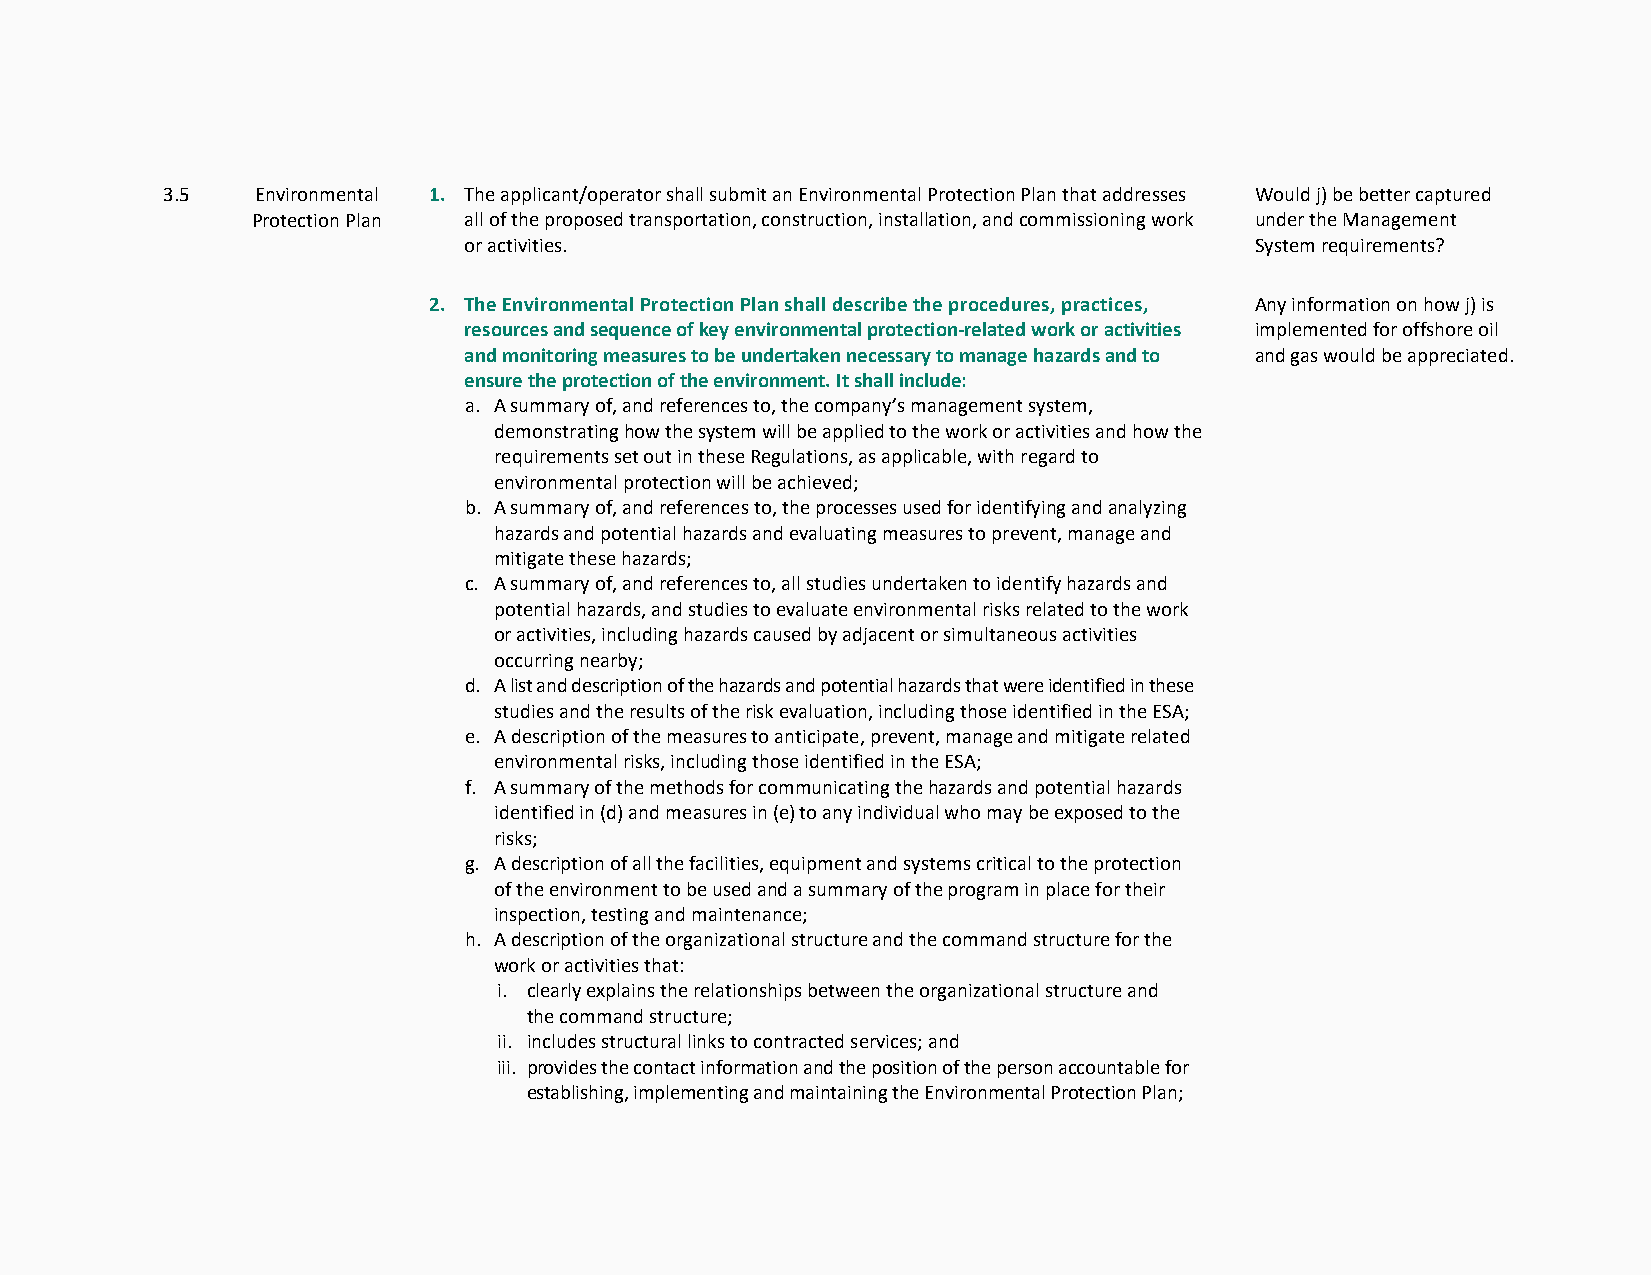
3.5   Environmental 1. The applicant/operator shall submit an Environmental Protection Plan that addresses Would j) be better captured
 Protection Plan all of the proposed transportation, construction, installation, and commissioning work under the Management
 or activities.                                      System requirements?
 2. The Environmental Protection Plan shall describe the procedures, practices, Any information on how j) is
 resources and sequence of key environmental protection-related work or activities implemented for offshore oil
 and monitoring measures to be undertaken necessary to manage hazards and to and gas would be appreciated.
 ensure the protection of the environment. It shall include:
 a. A summary of, and references to, the company’s management system,
 demonstrating how the system will be applied to the work or activities and how the
 requirements set out in these Regulations, as applicable, with regard to
 environmental protection will be achieved;
 b. A summary of, and references to, the processes used for identifying and analyzing
 hazards and potential hazards and evaluating measures to prevent, manage and
 mitigate these hazards;
 c. A summary of, and references to, all studies undertaken to identify hazards and
 potential hazards, and studies to evaluate environmental risks related to the work
 or activities, including hazards caused by adjacent or simultaneous activities
 occurring nearby;
 d. A list and description of the hazards and potential hazards that were identified in these
 studies and the results of the risk evaluation, including those identified in the ESA;
 e. A description of the measures to anticipate, prevent, manage and mitigate related
 environmental risks, including those identified in the ESA;
 f. A summary of the methods for communicating the hazards and potential hazards
 identified in (d) and measures in (e) to any individual who may be exposed to the
 risks;
 g. A description of all the facilities, equipment and systems critical to the protection
 of the environment to be used and a summary of the program in place for their
 inspection, testing and maintenance;
 h. A description of the organizational structure and the command structure for the
 work or activities that:
 i. clearly explains the relationships between the organizational structure and
 the command structure;
 ii. includes structural links to contracted services; and
 iii. provides the contact information and the position of the person accountable for
 establishing, implementing and maintaining the Environmental Protection Plan;